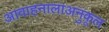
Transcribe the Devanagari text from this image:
आवाहनालाअनुकूल